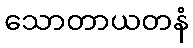
သောတာယတနံ